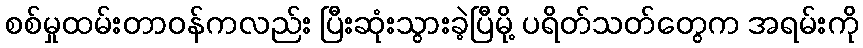
စစ်မှုထမ်းတာဝန်ကလည်း ပြီးဆုံးသွားခဲ့ပြီမို့ ပရိတ်သတ်တွေက အရမ်းကို